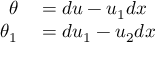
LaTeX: \begin{array} { r l } { \theta } & { { } = d u - u _ { 1 } d x } \\ { \theta _ { 1 } } & { { } = d u _ { 1 } - u _ { 2 } d x } \end{array}